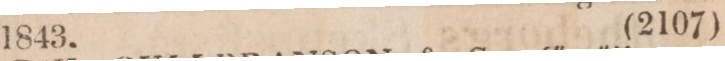
1843.    (2107)